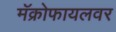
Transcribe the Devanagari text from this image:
मॅक्रोफायलवर